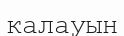
калауын